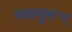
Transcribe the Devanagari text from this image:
वादानुरूप